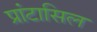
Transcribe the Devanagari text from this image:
प्रांटासिल